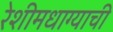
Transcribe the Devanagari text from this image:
रेशीमधाग्याची